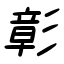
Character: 彰